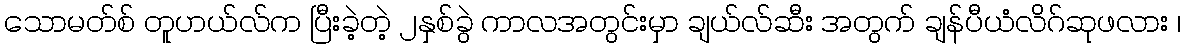
သောမတ်စ် တူဟယ်လ်က ပြီးခဲ့တဲ့ ၂နှစ်ခွဲ ကာလအတွင်းမှာ ချယ်လ်ဆီး အတွက် ချန်ပီယံလိဂ်ဆုဖလား ၊